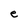
Character: e